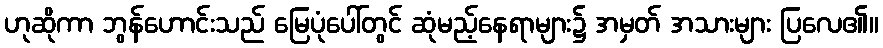
ဟုဆိုကာ ဘွန်ဟောင်းသည် မြေပုံပေါ်တွင် ဆုံမည့်နေရာများ၌ အမှတ် အသားများ ပြလေ၏။